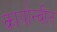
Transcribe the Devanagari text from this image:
कार्यान्‍वीत